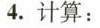
4.计算：